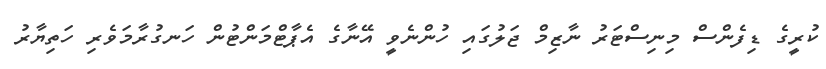
ކުރީގެ ޑިފެންސް މިނިސްޓަރު ނާޒިމް ޖަލުގައި ހުންނެވީ އޭނާގެ އެޕާޓްމަންޓުން ހަނގުރާމަވެރި ހަތިޔާރު